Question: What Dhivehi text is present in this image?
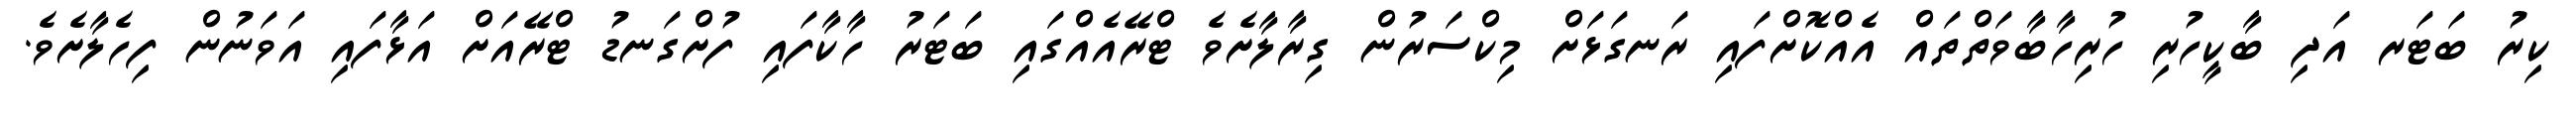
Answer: ކިރު ބަޓަރ އަދި ބާކީހުރި ހުރިހާބާވަތްތައް އެއްކޮށްފައި ރަނގަޅަށް މިކްސަރުން ގިރާލާށެވެ ޓްރޭއެއްގައި ބަޓަރު ހާކާފައި ފުށްގަނޑު ޓްރޭއަށް އަޅާފައި އަވަނުން ފިހެލާށެވެ.